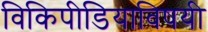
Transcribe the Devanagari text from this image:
विकिपीडियाविषयी